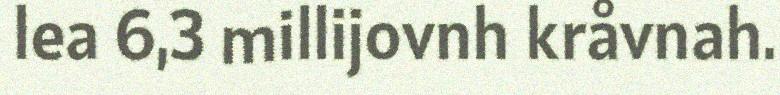
lea 6,3 millijovnh kråvnah.